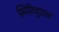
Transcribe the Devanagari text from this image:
स्पिरिचुएल